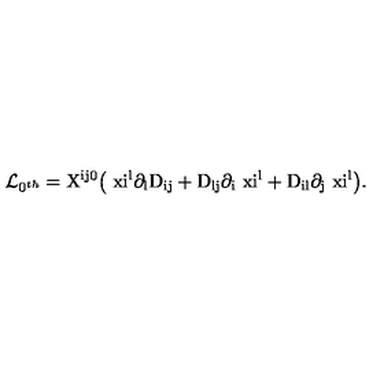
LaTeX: { \cal L } _ { 0 ^ { t h } } = \mathrm { X ^ { i j 0 } \big ( \ x i ^ { l } \partial _ { l } D _ { i j } + D _ { l j } \partial _ { i } \ x i ^ { l } + D _ { i l } \partial _ { j } \ x i ^ { l } \big ) } .